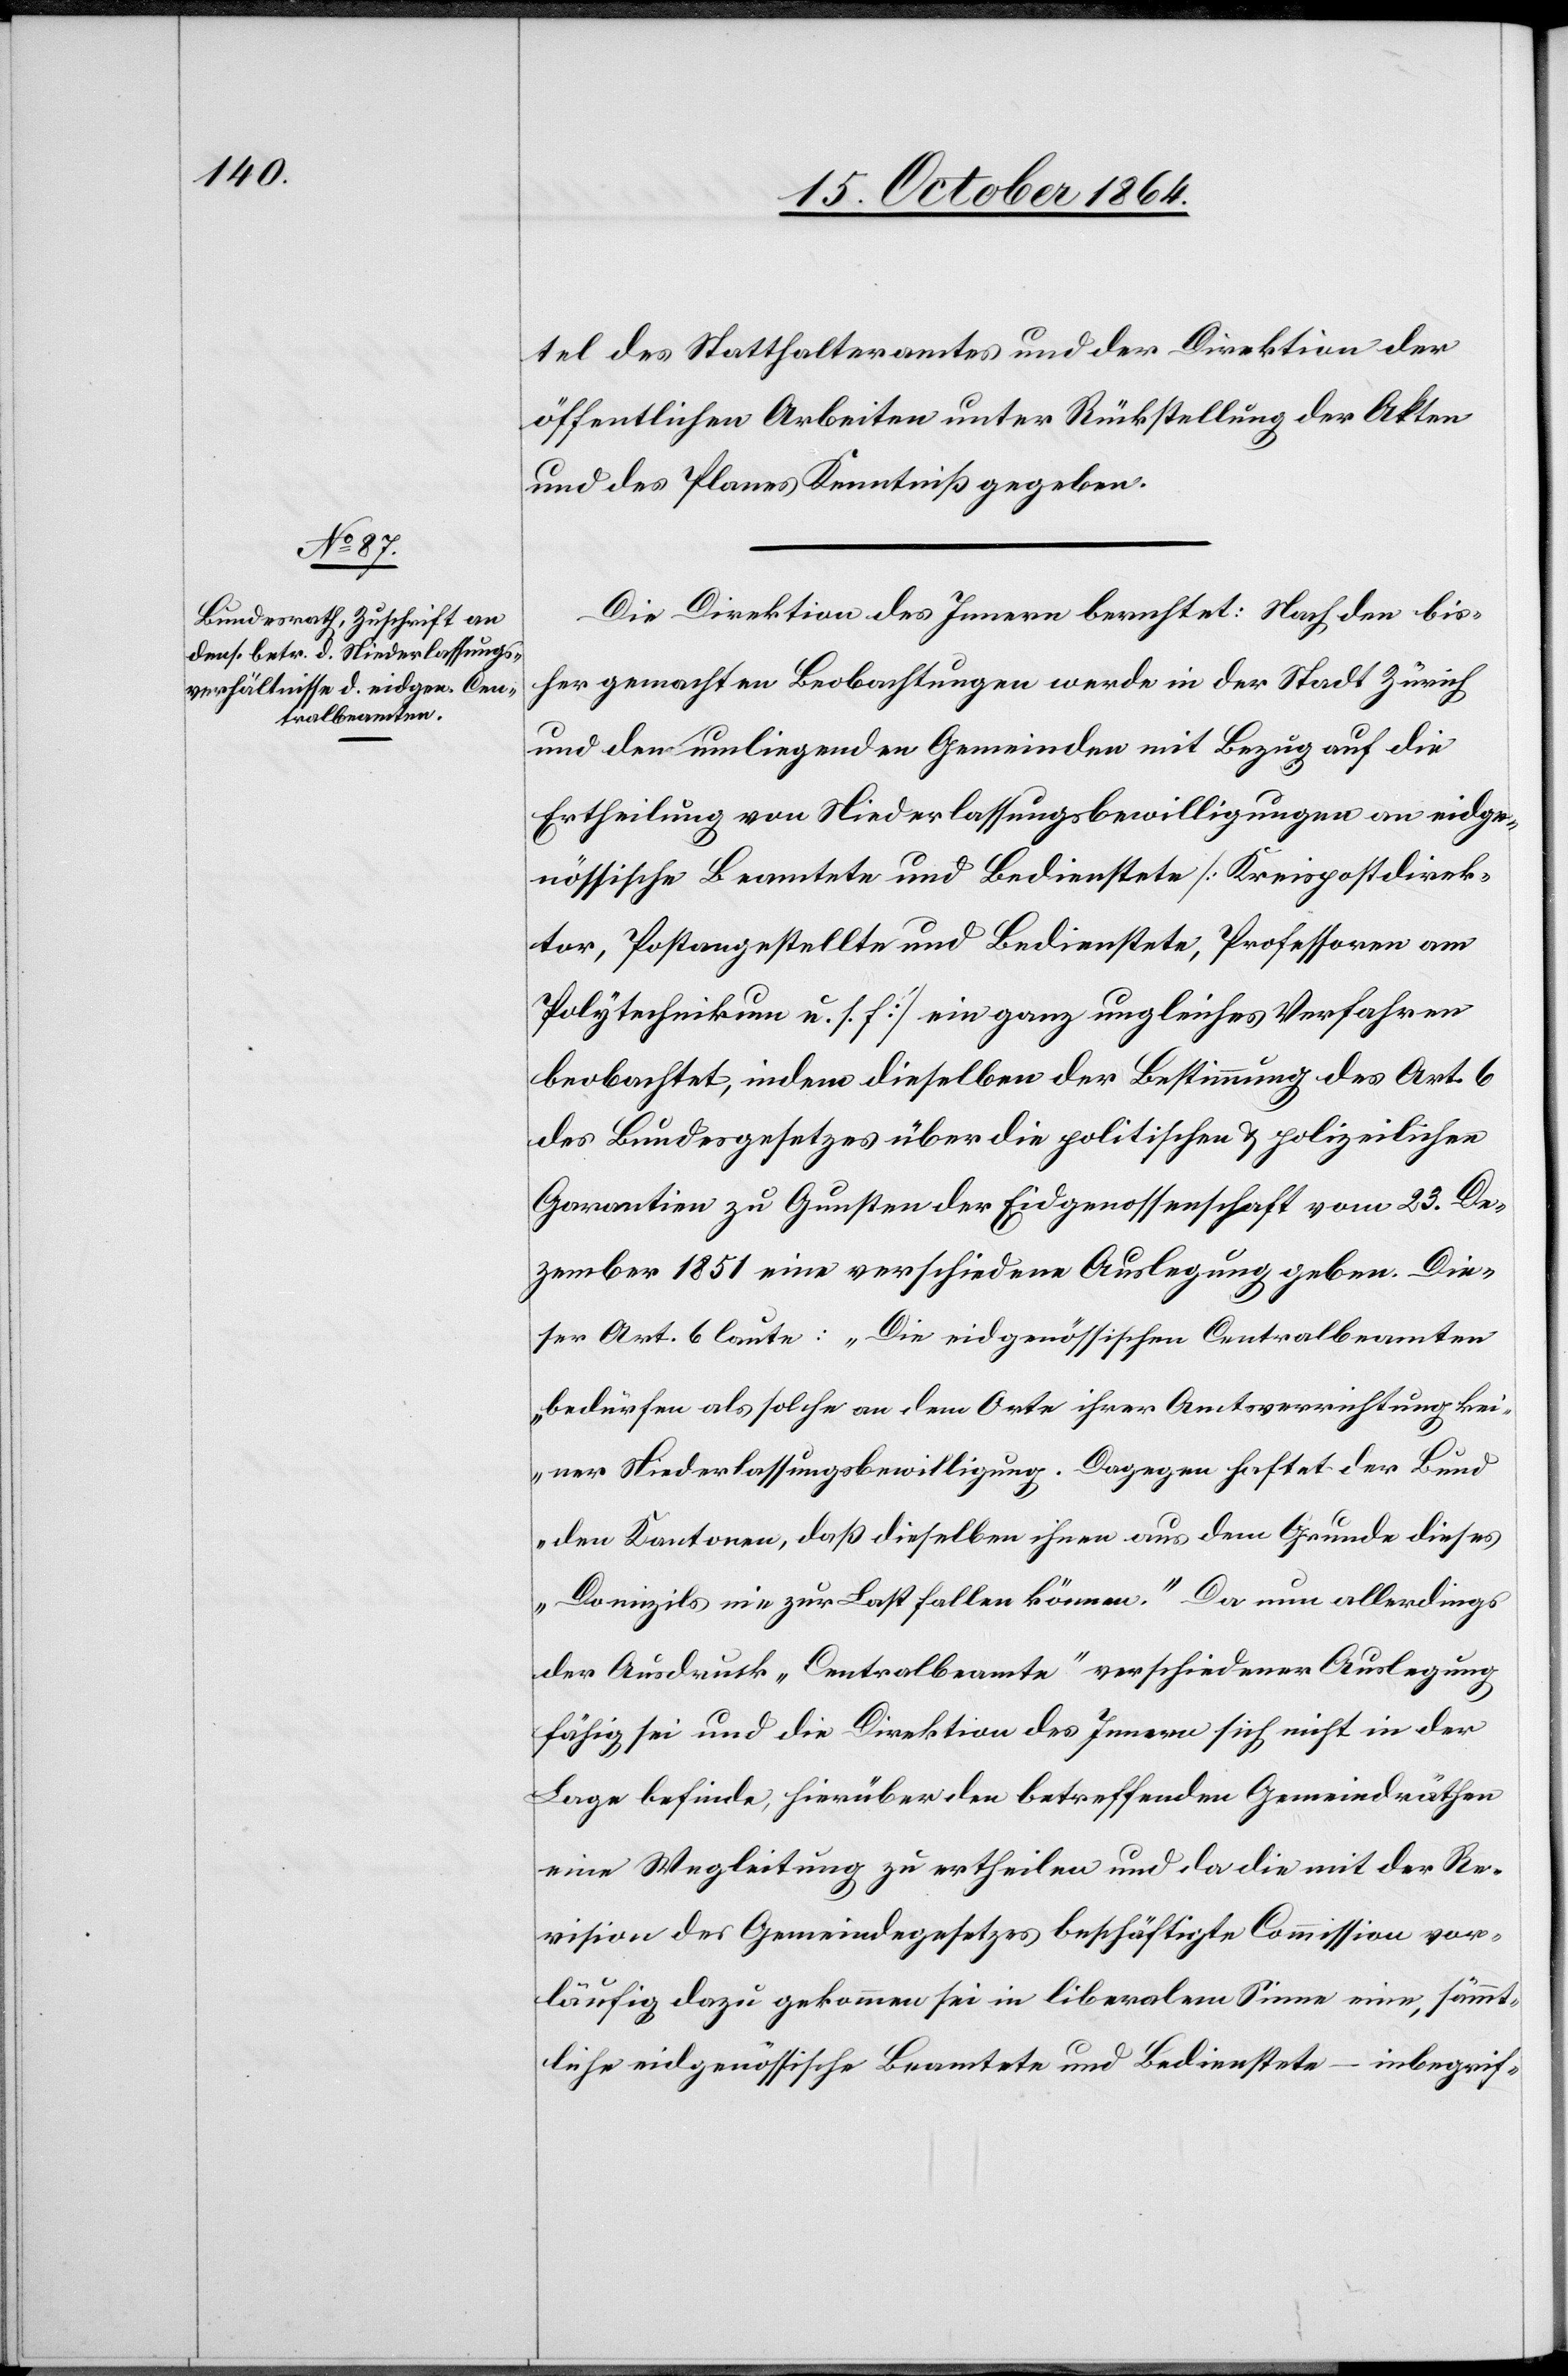
tel des Statthalteramtes und der Direktion der
öffentlichen Arbeiten unter Rückstellung der Akten
und des Planes Kenntniß gegeben.
Die Direktion des Innern berichtet: Nach den bis¬
her gemachten Beobachtungen werde in der Stadt Zürich
und den umliegenden Gemeinden mit Bezug auf die
Ertheilung von Niederlassungsbewilligungen an eidge¬
nössische Beamte und Bedienstete [Kreispostdirek¬
tor, Postangestellte und Bedienstete, Professoren am
Polytechnikum u. s. f.] ein ganz ungleiches Verfahren
beobachtet, indem dieselben der Bestimmung des Art. 6
des Bundesgesetzes über die politischen & polizeilichen
Garantien zu Gunsten der Eidgenossenschaft vom 23. De¬
zember 1851 eine verschiedene Auslegung geben. Die¬
ser Art. 6 laute: „Die eidgenössischen Centralbeamten
bedürfen als solche an dem Orte ihrer Amtsverrichtung kei¬
ner Niederlassungsbewilligung. Dagegen haftet der Bund
den Kantonen, daß dieselben ihnen aus dem Grunde dieses
Domizils nie zur Last fallen können.“ Da nun allerdings
der Ausdruck „Centralbeamte“ verschiedener Auslegung
fähig sei und die Direktion des Innern sich nicht in der
Lage befinde, hierüber den betreffenden Gemeindräthen
eine Wegleitung zu ertheilen und da die mit der Re¬
vision des Gemeindegesetzes beschäftigte Commission vor¬
läufig dazu gekommen sei in liberalem Sinne eine, sämmt¬
liche eidgenössische Beamtete und Bedienstete – inbegrif-